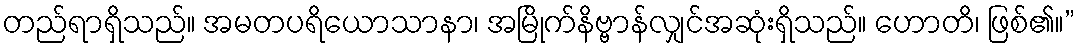
တည်ရာရှိသည်။ အမတပရိယောသာနာ၊ အမြိုက်နိဗ္ဗာန်လျှင်အဆုံးရှိသည်။ ဟောတိ၊ ဖြစ်၏။”